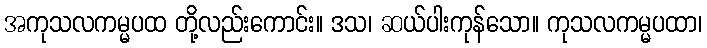
အကုသလကမ္မပထ တို့လည်းကောင်း။ ဒသ၊ ဆယ်ပါးကုန်သော။ ကုသလကမ္မပထာ၊